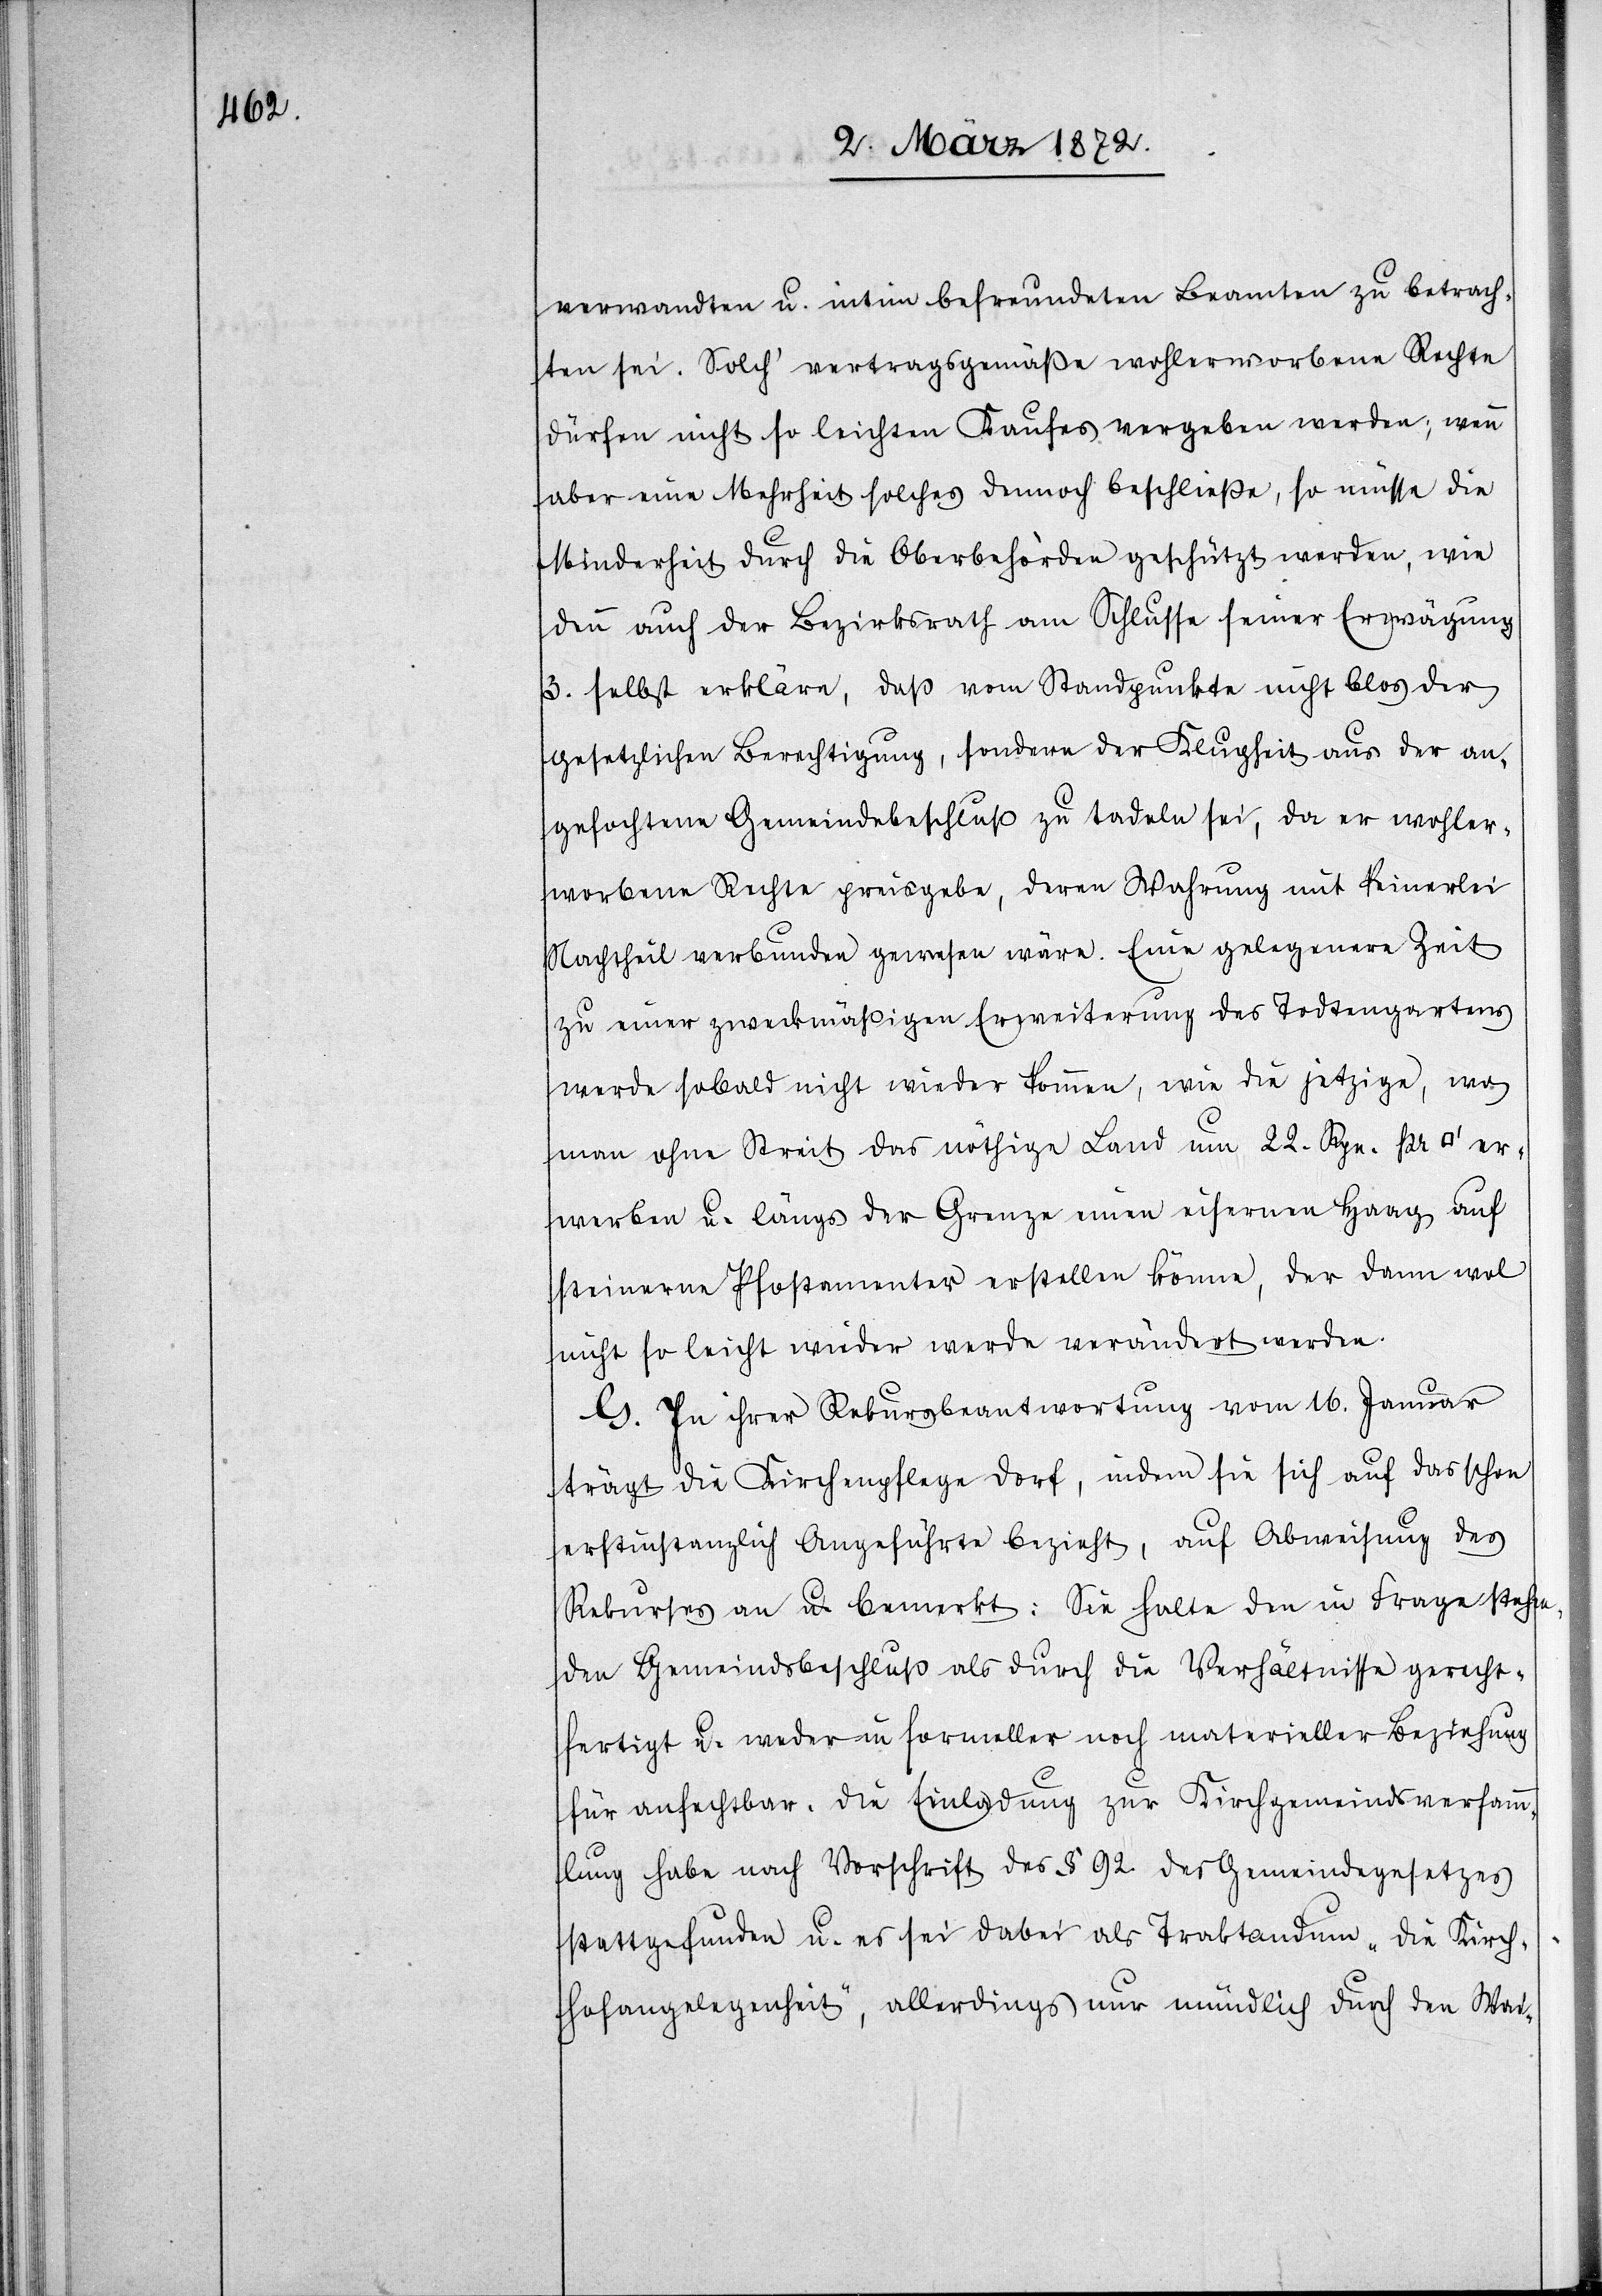
verwandten u. intim befreundeten Beamten zu betrach¬
ten sei. Solch’ vertragsgemäße wohlerworbene Rechte
dürfen nicht so leichten Kaufes vergeben werden; wenn
aber eine Mehrheit solches dennoch beschließe, so müsse die
Minderheit durch die Oberbehörde geschützt werden, wie
denn auch der Bezirksrath am Schlusse seiner Erwägung
3. selbst erkläre, daß vom Standpunkte nicht blos der
gesetzlichen Berechtigung, sondern der Klugheit aus der an¬
gefochtene Gemeindebeschluß zu tadeln sei, da er wohler¬
worbene Rechte preisgebe, deren Wahrung mit keinerlei
Nachtheil verbunden gewesen wäre. Eine gelegenere Zeit
zu einer zweckmäßigen Erweiterung des Todtengartens
werde sobald nicht wieder kommen, wie die jetzige, wo
man ohne Streit das nöthige Land um 22. Rpn. pr.
erwerben u. längs der Grenze einen eisernen Haag auf
steinerne Pfostamenter erstellen könne, der dann wol
nicht so leicht wieder werde verändert werden.
G. In ihrer Rekursbeantwortung vom 16. Januar
trägt die Kirchenpflege Dorf, indem sie sich auf das schon
erstinstanzlich Angeführte bezieht, auf Abweisung des
Rekurses an u. bemerkt: Sie halte den in Frage stehen¬
den Gemeindsbeschluß als durch die Verhältnisse gerecht¬
fertigt u. weder in formeller noch materieller Beziehung
für anfechtbar. Die Einladung zur Kirchgemeindsversamm¬
lung habe nach Vorschrift des § 92. des Gemeindegesetzes
stattgefunden u. es sei dabei als Traktandum „die Kirch¬
hofangelegenheit“, allerdings nur mündlich durch den Wei-